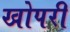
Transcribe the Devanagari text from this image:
खोपरी